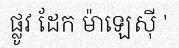
ផ្លូវ ដែក ម៉ាឡេស៊ី '